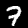
Digit: 7